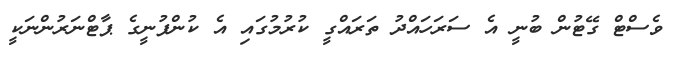
ވެސްޓް ގޭޓުން ބުނީ އެ ސަރަހައްދު ތަރައްގީ ކުރުމުގައި އެ ކުންފުނީގެ ޕާޓްނަރުންނަކީ